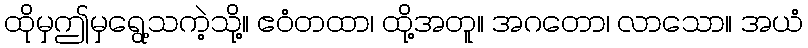
ထိုမှဤမှရွေ့သကဲ့သို့။ ဧဝံတထာ၊ ထို့အတူ။ အဂတော၊ လာသော။ အယံ